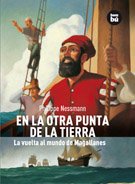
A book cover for En la otra punta de la Tierra: La vuelta al mundo de Magallanes (Descubridores del mundo) (Spanish Edition); Philippe Nessmann; Teen & Young Adult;